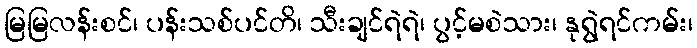
မြမြလန်းစင်၊ ပန်းသစ်ပင်တိ၊ သီးချင်ရဲရဲ၊ ပွင့်မစဲသား၊ နုရွဲရင်ကမ်း၊